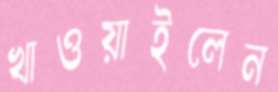
খাওয়াইলেন